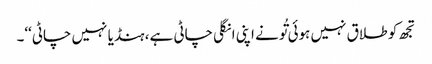
تجھ کو طلاق نہیں ہوئی تُونے اپنی انگلی چاٹی ہے، ہنڈیا نہیں چاٹی‘‘۔